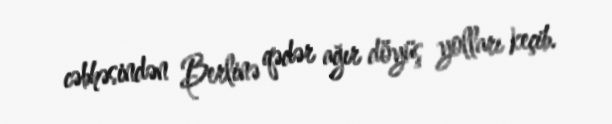
cəbhəsindən Berlinə qədər ağır döyüş yolları keçib.